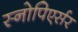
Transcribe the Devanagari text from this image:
स्नोपिएर्सर